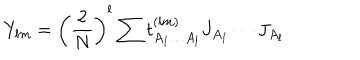
Y _ { l m } = \left( \frac { 2 } { N } \right) ^ { l } \sum t _ { A _ { 1 } \ldots A _ { l } } ^ { ( l m ) } J _ { A _ { 1 } } \cdots J _ { A _ { l } }